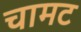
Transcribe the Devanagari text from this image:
चामट